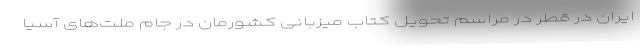
ایران در قطر در مراسم تحویل کتاب میزبانی کشورمان در جام ملت‌های آسیا